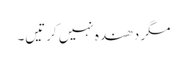
مگر دھندہ نہیں کرتیں۔